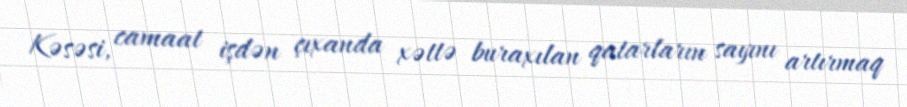
Kəsəsi, camaat işdən çıxanda xəttə buraxılan qatarların sayını artırmaq